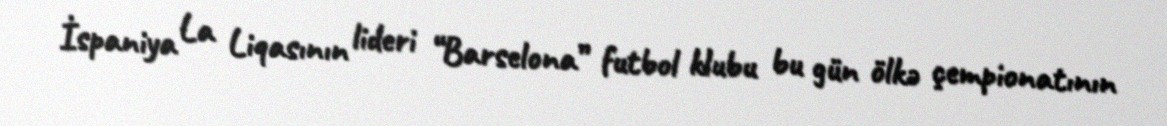
İspaniya La Liqasının lideri “Barselona” futbol klubu bu gün ölkə çempionatının